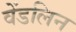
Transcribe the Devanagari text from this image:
वेंडलिन